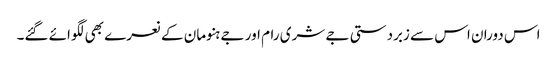
اس دوران اس سے زبردستی جے شری رام اور جے ہنومان کے نعرے بھی لگوائے گئے۔